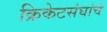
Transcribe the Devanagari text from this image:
क्रिकेटसंघांचे